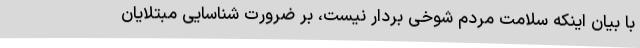
با بیان اینکه سلامت مردم شوخی بردار نیست، بر ضرورت شناسایی مبتلایان